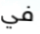
في